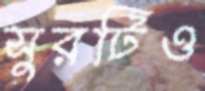
সুরটিও